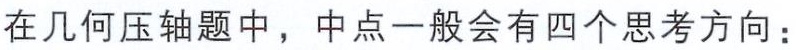
在几何压轴题中，中点一般会有四个思考方向：